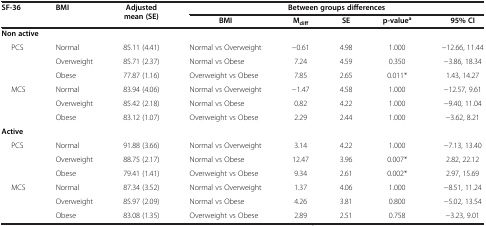
<table><thead><tr><td><b>SF-36</b></td><td><b>BMI</b></td><td><b>Adjusted mean (SE)</b></td><td colspan="5"><b>Between groups differences</b></td></tr><tr><td><b> </b></td><td><b> </b></td><td><b> </b></td><td><b>BMI</b></td><td><b>M<sub>diff</sub></b></td><td><b>SE</b></td><td><b>p-value<sup>a</sup></b></td><td><b>95% CI</b></td></tr></thead><tbody><tr><td colspan="8"><b>Non active</b></td></tr><tr><td>PCS</td><td>Normal</td><td>85.11 (4.41)</td><td>Normal vs Overweight</td><td>−0.61</td><td>4.98</td><td>1.000</td><td>−12.66, 11.44</td></tr><tr><td> </td><td>Overweight</td><td>85.71 (2.37)</td><td>Normal vs Obese</td><td>7.24</td><td>4.59</td><td>0.350</td><td>−3.86, 18.34</td></tr><tr><td> </td><td>Obese</td><td>77.87 (1.16)</td><td>Overweight vs Obese</td><td>7.85</td><td>2.65</td><td>0.011*</td><td>1.43, 14.27</td></tr><tr><td>MCS</td><td>Normal</td><td>83.94 (4.06)</td><td>Normal vs Overweight</td><td>−1.47</td><td>4.58</td><td>1.000</td><td>−12.57, 9.61</td></tr><tr><td> </td><td>Overweight</td><td>85.42 (2.18)</td><td>Normal vs Obese</td><td>0.82</td><td>4.22</td><td>1.000</td><td>−9.40, 11.04</td></tr><tr><td> </td><td>Obese</td><td>83.12 (1.07)</td><td>Overweight vs Obese</td><td>2.29</td><td>2.44</td><td>1.000</td><td>−3.62, 8.21</td></tr><tr><td colspan="8"><b>Active</b></td></tr><tr><td>PCS</td><td>Normal</td><td>91.88 (3.66)</td><td>Normal vs Overweight</td><td>3.14</td><td>4.22</td><td>1.000</td><td>−7.13, 13.40</td></tr><tr><td> </td><td>Overweight</td><td>88.75 (2.17)</td><td>Normal vs Obese</td><td>12.47</td><td>3.96</td><td>0.007*</td><td>2.82, 22.12</td></tr><tr><td> </td><td>Obese</td><td>79.41 (1.41)</td><td>Overweight vs Obese</td><td>9.34</td><td>2.61</td><td>0.002*</td><td>2.97, 15.69</td></tr><tr><td>MCS</td><td>Normal</td><td>87.34 (3.52)</td><td>Normal vs Overweight</td><td>1.37</td><td>4.06</td><td>1.000</td><td>−8.51, 11.24</td></tr><tr><td> </td><td>Overweight</td><td>85.97 (2.09)</td><td>Normal vs Obese</td><td>4.26</td><td>3.81</td><td>0.800</td><td>−5.02, 13.54</td></tr><tr><td> </td><td>Obese</td><td>83.08 (1.35)</td><td>Overweight vs Obese</td><td>2.89</td><td>2.51</td><td>0.758</td><td>−3.23, 9.01</td></tr></tbody></table>